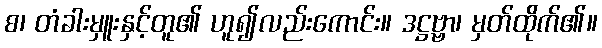
စ၊ တံခါးမှူးနှင့်တူ၏ ဟူ၍လည်းကောင်း။ ဒဋ္ဌဗ္ဗာ၊ မှတ်ထိုက်၏။